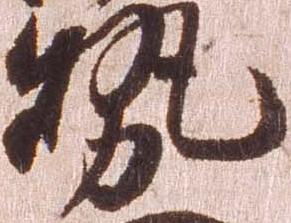
勢